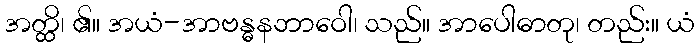
အတ္ထိ၊ ၏။ အယံ-အာဗန္ဓနဘာဝေါ၊ သည်။ အာပေါဓာတု၊ တည်း။ ယံ